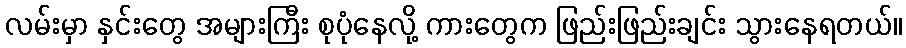
လမ်းမှာ နှင်းတွေ အများကြီး စုပုံနေလို့ ကားတွေက ဖြည်းဖြည်းချင်း သွားနေရတယ်။